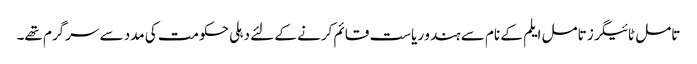
تامل ٹائیگرز تامل ایلم کے نام سے ہندو ریاست قائم کرنے کے لئے دہلی حکومت کی مدد سے سرگرم تھے۔